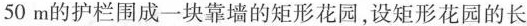
50m的护栏围成一块靠墙的矩形花园，设矩形花园的长